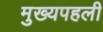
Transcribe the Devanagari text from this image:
मुख्यपहली